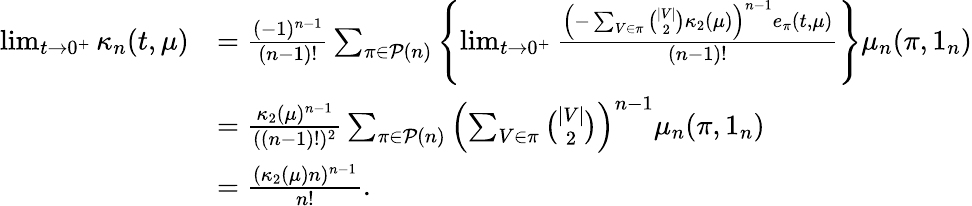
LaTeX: \begin{array}{rl}{\operatorname*{lim}_{t\rightarrow 0^{+}}\kappa_{n}(t,\mu)}&{=\frac{(-1)^{n-1}}{(n-1)!}\sum_{\pi\in\mathcal{P}(n)}\left\{ \operatorname*{lim}_{t\rightarrow 0^{+}}\frac{\left(-\sum_{V\in\pi}\binom{|V|}{2}\kappa_{2}(\mu)\right)^{n-1}e_{\pi}(t,\mu)}{(n-1)!}\right\} \mu_{n}(\pi,1_{n})}\\ &{=\frac{\kappa_{2}(\mu)^{n-1}}{((n-1)!)^{2}}\sum_{\pi\in\mathcal{P}(n)}\left(\sum_{V\in\pi}\binom{|V|}{2}\right)^{n-1}\mu_{n}(\pi,1_{n})}\\ &{=\frac{(\kappa_{2}(\mu)n)^{n-1}}{n!}.}\end{array}